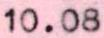
10.08